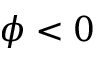
\phi < 0